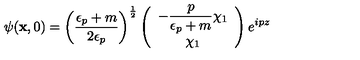
\psi ( { \bf x } , 0 ) = \left( \frac { \epsilon _ { p } + m } { 2 \epsilon _ { p } } \right) ^ { \frac { 1 } { 2 } } \left( \begin{array} { c } { { \displaystyle - \frac { p } { \epsilon _ { p } + m } } \chi _ { 1 } } \\ { \chi _ { 1 } } \\ \end{array} \right) e ^ { i p z }